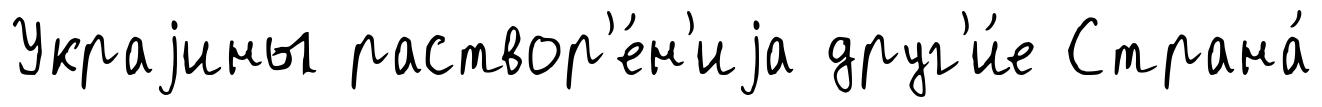
Украjины раствор'е́н'иjа друг'и́е Страна́